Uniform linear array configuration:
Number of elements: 48
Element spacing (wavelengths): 0.75
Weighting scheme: binomial
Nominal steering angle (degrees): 15
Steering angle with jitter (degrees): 16.677
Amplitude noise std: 0.05
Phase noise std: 0.05

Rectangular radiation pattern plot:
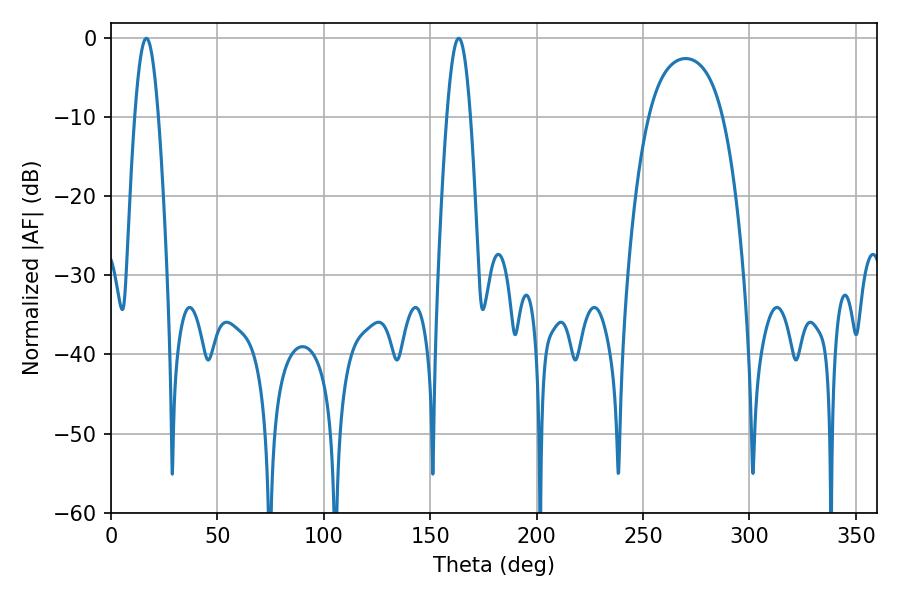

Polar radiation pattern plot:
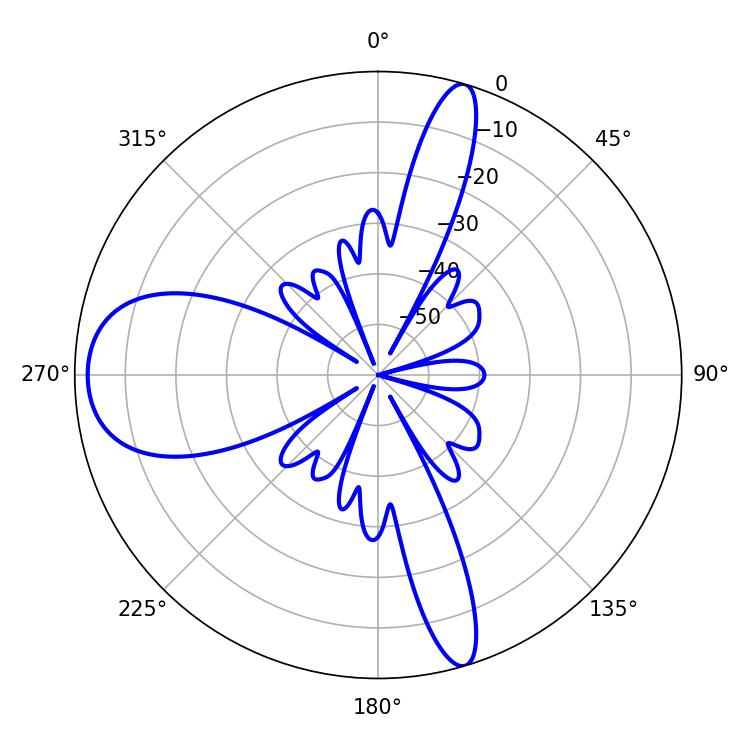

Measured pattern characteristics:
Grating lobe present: TRUE
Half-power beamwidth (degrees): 5.94
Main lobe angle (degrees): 16.56